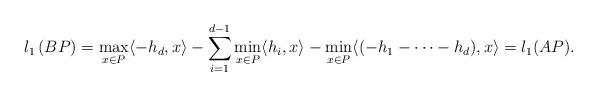
\begin{align*}l_1\left(BP\right)&=\max\limits_{x\in P}\langle-h_d,x\rangle-\sum_{i=1}^{d-1}\min\limits_{x\in P}\langle h_i,x\rangle-\min\limits_{x\in P}\langle(-h_1-\cdots-h_d),x\rangle=l_1(AP).\end{align*}